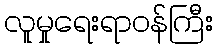
လူမှုရေးရာဝန်ကြီး